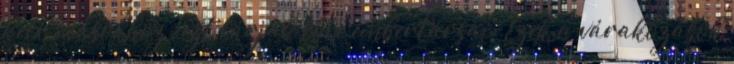
kell másokhoz; ezt várják tőle embertársai. Ezek a várakozások